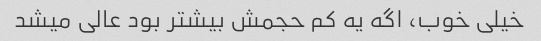
خیلی خوب، اگه یه کم حجمش بیشتر بود عالی میشد